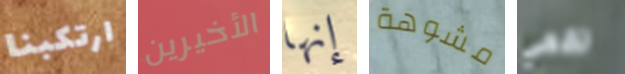
ارتكبنا الأخيرين إنها مشوهة تقعي